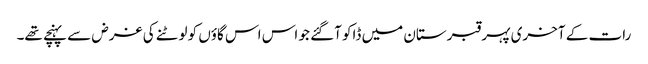
رات کے آخری پہر قبرستان میں ڈاکو آگئے جو اس اس گاؤں کو لوٹنے کی غرض سے پہنچے تھے۔